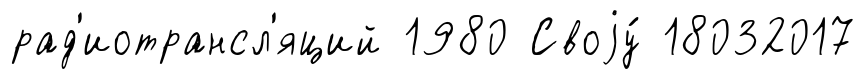
рад'иотрансл'яций 1980 Своjу́ 18032017